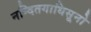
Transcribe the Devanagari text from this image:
नन्दितगाधिसूनो